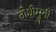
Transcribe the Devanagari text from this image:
बोधीमुनी